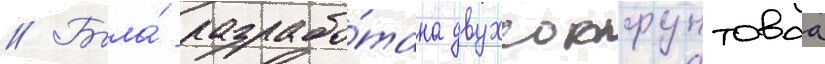
// Была́ разрабо́тана двухсотфунтоваа